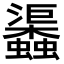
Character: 𧕎